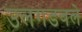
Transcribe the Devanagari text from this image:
उलगडवले